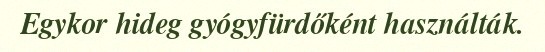
Egykor hideg gyógyfürdőként használták.